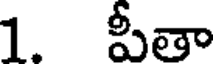
1. పీతా